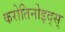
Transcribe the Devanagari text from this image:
करोतिनोइद्स्